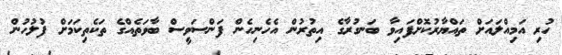
ހުރި އަމިއްލައަށް ތައްޔާރުކޮށްފައިވާ ބަނގުރާގެ އިތުރުން އެހެނިހެން ފަންސަވީސް ބާވަތެއްގެ ތަކެތިކަމަށް ފުލުހުން